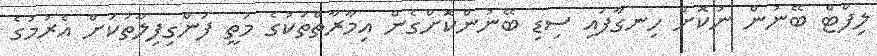
ލިފްޓް ބޭނުން ނުކޮށް ހިނގާފައި ސިޑި ބޭނުންކޮށްގެން އިމާރާތްތަކުގެ މަތީ ފަންގިފިލާތަކަށް އެރުމުގެ